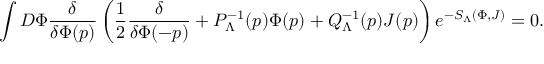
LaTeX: \int D \Phi \frac { \delta } { \delta \Phi ( p ) } \left( \frac { 1 } { 2 } \frac { \delta } { \delta \Phi ( - p ) } + P _ { \Lambda } ^ { - 1 } ( p ) \Phi ( p ) + Q _ { \Lambda } ^ { - 1 } ( p ) J ( p ) \right) e ^ { - S _ { \Lambda } ( \Phi , J ) } = 0 .